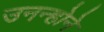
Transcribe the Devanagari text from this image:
उनन्होने